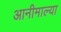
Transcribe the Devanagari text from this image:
आनीमाल्या